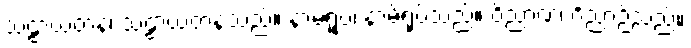
သဠာယတနံ၊ သဠာယတနသည်။ နာမရူပံ၊ နာမ်ရုပ်သည်။ ဝိညာဏံ၊ ဝိညာဉ်သည်။